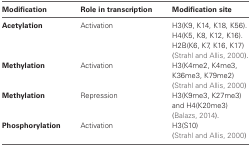
<table><thead><tr><td><b>Modification</b></td><td><b>Role in transcription</b></td><td><b>Modification site</b></td></tr></thead><tbody><tr><td><b>Acetylation</b></td><td>Activation</td><td>H3(K9, K14, K18, K56).</td></tr><tr><td></td><td></td><td>H4(K5, K8, K12, K16).</td></tr><tr><td></td><td></td><td>H2B(K6, K7, K16, K17)</td></tr><tr><td></td><td></td><td>(Strahl and Allis, 2000).</td></tr><tr><td><b>Methylation</b></td><td>Activation</td><td>H3(K4me2, K4me3, K36me3, K79me2)</td></tr><tr><td></td><td></td><td>(Strahl and Allis, 2000)</td></tr><tr><td><b>Methylation</b></td><td>Repression</td><td>H3(K9me3, K27me3) and H4(K20me3)</td></tr><tr><td></td><td></td><td>(Balazs, 2014).</td></tr><tr><td><b>Phosphorylation</b></td><td>Activation</td><td>H3(S10)</td></tr><tr><td></td><td></td><td>(Strahl and Allis, 2000)</td></tr></tbody></table>